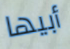
أبيها